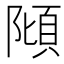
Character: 𨻺